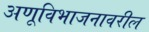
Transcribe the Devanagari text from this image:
अणूविभाजनावरील